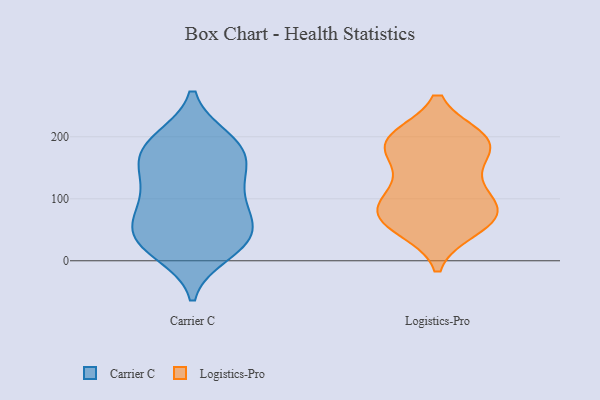
{"axis": {"x": "Tickets Resolved", "y": "Value"}, "legend": ["Carrier C", "Logistics-Pro"], "data": [{"x": "", "y": 89, "type": "Carrier C"}, {"x": "", "y": 29, "type": "Carrier C"}, {"x": "", "y": 40, "type": "Carrier C"}, {"x": "", "y": 43, "type": "Carrier C"}, {"x": "", "y": 41, "type": "Carrier C"}, {"x": "", "y": 147, "type": "Carrier C"}, {"x": "", "y": 162, "type": "Carrier C"}, {"x": "", "y": 87, "type": "Carrier C"}, {"x": "", "y": 143, "type": "Carrier C"}, {"x": "", "y": 196, "type": "Carrier C"}, {"x": "", "y": 22, "type": "Carrier C"}, {"x": "", "y": 193, "type": "Carrier C"}, {"x": "", "y": 93, "type": "Carrier C"}, {"x": "", "y": 189, "type": "Carrier C"}, {"x": "", "y": 13, "type": "Carrier C"}, {"x": "", "y": 66, "type": "Carrier C"}, {"x": "", "y": 179, "type": "Carrier C"}, {"x": "", "y": 132, "type": "Carrier C"}, {"x": "", "y": 55, "type": "Logistics-Pro"}, {"x": "", "y": 188, "type": "Logistics-Pro"}, {"x": "", "y": 141, "type": "Logistics-Pro"}, {"x": "", "y": 66, "type": "Logistics-Pro"}, {"x": "", "y": 197, "type": "Logistics-Pro"}, {"x": "", "y": 187, "type": "Logistics-Pro"}, {"x": "", "y": 135, "type": "Logistics-Pro"}, {"x": "", "y": 191, "type": "Logistics-Pro"}, {"x": "", "y": 192, "type": "Logistics-Pro"}, {"x": "", "y": 81, "type": "Logistics-Pro"}, {"x": "", "y": 194, "type": "Logistics-Pro"}, {"x": "", "y": 93, "type": "Logistics-Pro"}, {"x": "", "y": 95, "type": "Logistics-Pro"}, {"x": "", "y": 70, "type": "Logistics-Pro"}, {"x": "", "y": 52, "type": "Logistics-Pro"}, {"x": "", "y": 88, "type": "Logistics-Pro"}]}